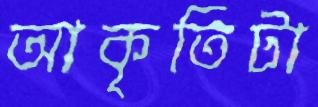
আকৃতিটা